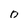
Character: 0